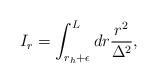
LaTeX: \begin{align*}I_{r}= \int _{r_{h}+\epsilon }^{L} dr \frac {r^{2}}{\Delta ^{2}},\end{align*}